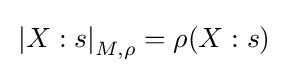
\mathrm {} \left\vert X:s\right\vert _{M,\rho }=\rho (X:s)